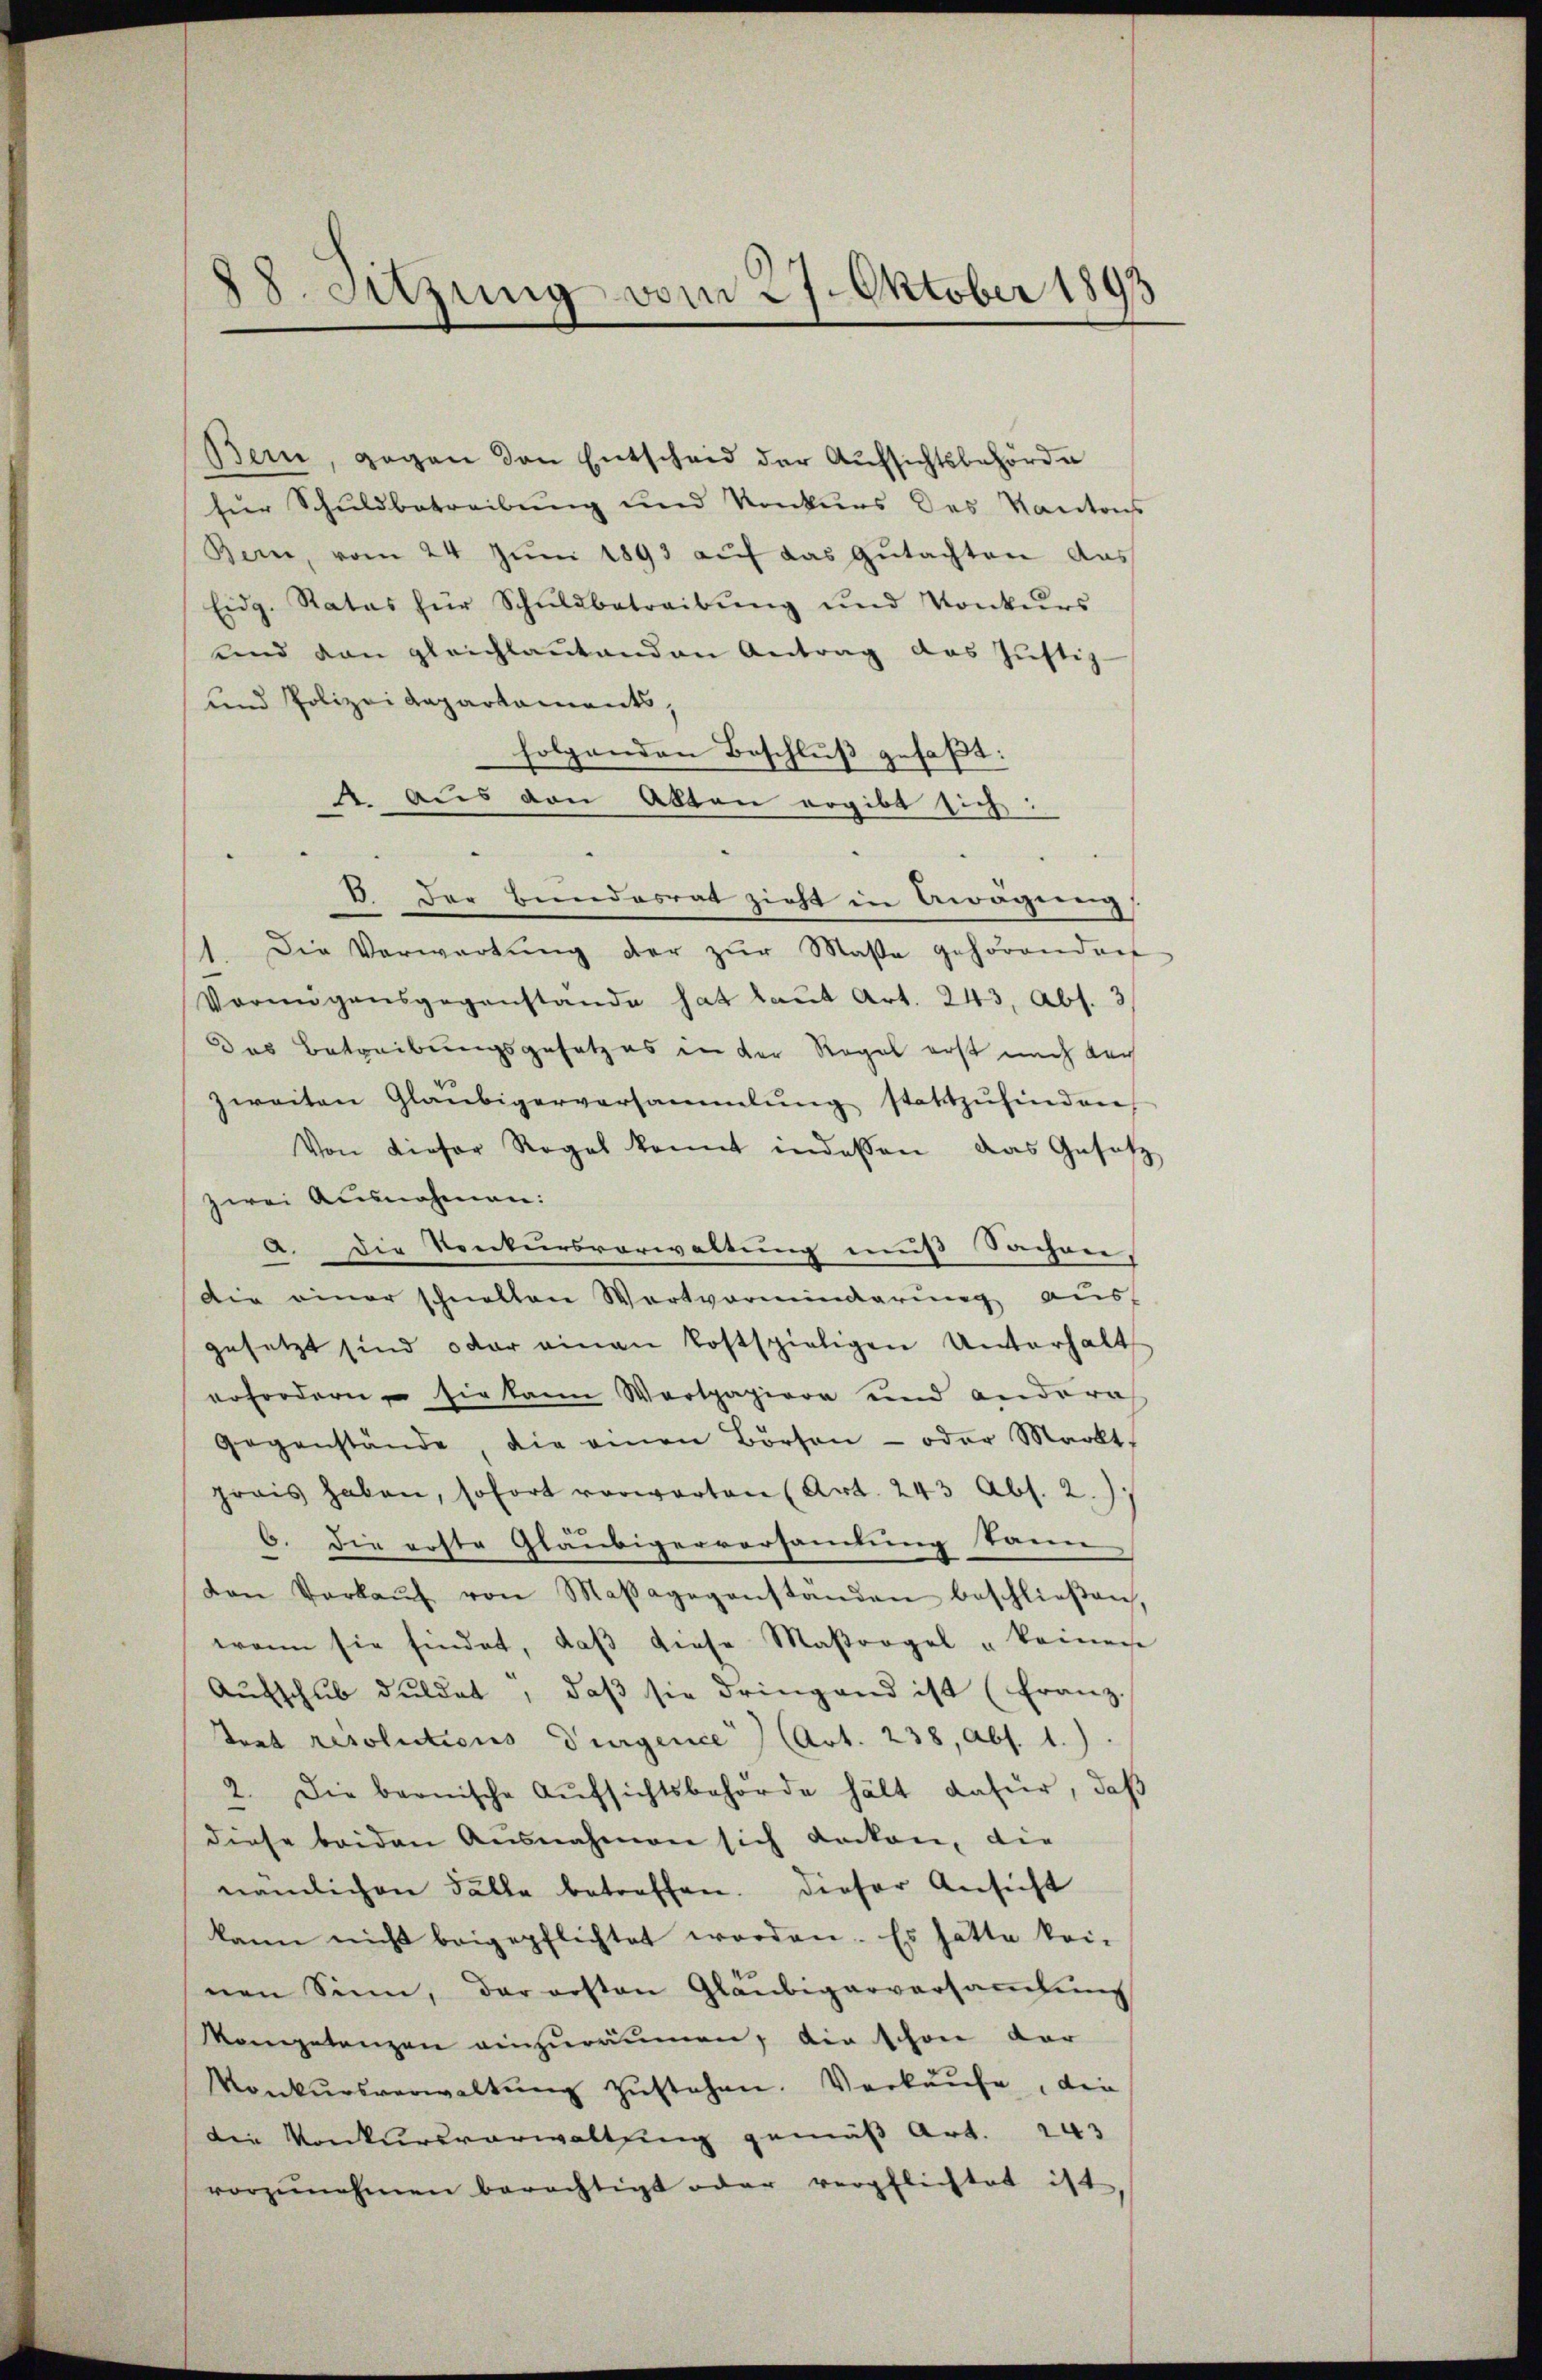
88. Sitzung vom 27. Oktober 1893

Bern, gegen den Entscheid der Aufsichtsbehörde
für Schuldbetreibung und Konkurs des Kantons
Bern, vom 24 Jŭni 1893 aŭf das Gŭtachten das
Eidg. Rates für Schuldbetreibŭng und Konkurs
und dan gleichlaŭtenden Antrag des Jŭstiz-
und Polizei Departaments,
folgenden Beschluß gefaßt:
4. Aus den Abten ergibt sich:
B. Der Bundesrat zieht in Aragung
Die Verwartung der zur Masse gehörendent
Vermögensgegenstande hat laut Art. 243, Abs. 3
Das Betreibungsgesetzes in der Regel erst nach dar
zweiten Gläubigerversammlung stattzŭfinden
Von dieser Regel konnt indessen, das Gesetz
zwei Ausnahmen:
A. Die Ventursverwaltung muß Sachen.
Die einer schnellen Wortverminderung aus
gesetzt sind, oder einen kostspieligen Unterhalt
erfordern sie kann Wertpapiere und andera
gegenstände, die einen Börsen- oder Markt-
prais haben, sofort vorwarten (Art. 243 Abs. 2.)
6. Die erste Gläubigerversamlung kann
den Verkaŭf von Maβagegenständen beschlieβen.
wann sie findet, daβ diese Maßregel keinen
Aŭfschub duldet, daβ sie dringend ist (Franz.
Trat resolutions Turgence (Art. 238, Abs. 1.)
2. Die bernische Aŭfsichtsbehörde hält dafür, daβ
diese beiden Ausnahmen sich dacken, die
nämlichen Fälle betreffen. Dieser Ansicht
kann nicht beigepflichtet worden. Es hätte kei-
nen Sinn, der ersten Gläubigerversaṁlŭng
Mompetenzen einzuräumen, die schon dar
Konkŭrsverwaltŭng zŭstehen. Verkaufe, die
die Konkursverwaltung gemäß Art. 243
vorzŭnehmen berechtigt oder verpflichtet ist,